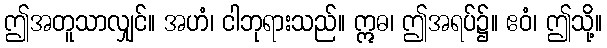
ဤအတူသာလျှင်။ အဟံ၊ ငါဘုရားသည်။ ဣဓ၊ ဤအရပ်၌။ ဧဝံ၊ ဤသို့။